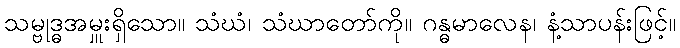
သမ္ဗုဒ္ဓအမှူးရှိသော။ သံဃံ၊ သံဃာတော်ကို။ ဂန္ဓမာလေန၊ နံ့သာပန်းဖြင့်။